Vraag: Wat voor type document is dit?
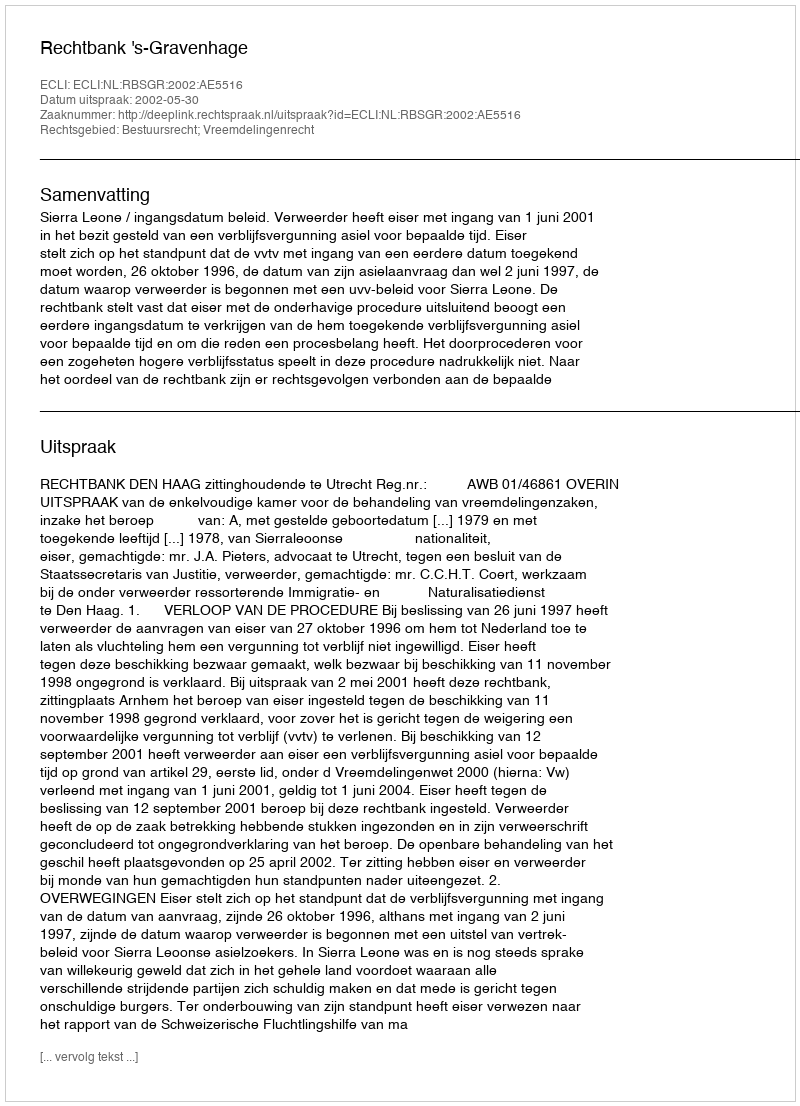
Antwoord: Uitspraak